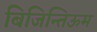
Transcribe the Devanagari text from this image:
बिजिन्तिऊम